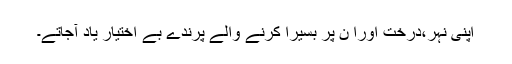
اپنی نہر،درخت اورا ن پر بسیرا کرنے والے پرندے بے اختیار یاد آجاتے۔